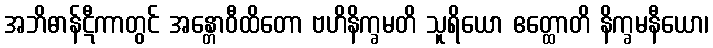
အဘိဓာန်ဋီကာတွင် အန္တောဝီထိတော ဗဟိနိက္ခမတိ သူရိယော ဧတ္ထောတိ နိက္ခမနီယော၊